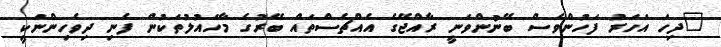
"ދިހަ އަހަރު ފަހުންވެސް ބޭނުންވަނީ ރާއްޖޭގެ އެއްޗެސްތައް ބޭރުގެ މާހައުލުތަކުން ފެނި ދިވެހިންނަކީ